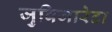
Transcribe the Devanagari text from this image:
जुबिजारेटा